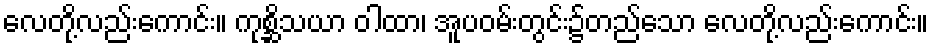
လေတို့လည်းကောင်း။ ကုစ္ဆိသယာ ဝါထာ၊ အူပဝမ်းတွင်း၌တည်သော လေတို့လည်းကောင်း။